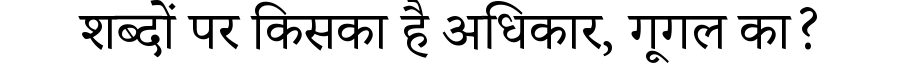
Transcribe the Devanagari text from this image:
शब्दों पर किसका है अधिकार, गूगल का?